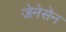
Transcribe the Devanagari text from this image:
जेनेसेन